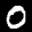
Label: 0